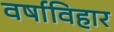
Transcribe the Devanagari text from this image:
वर्षाविहार